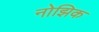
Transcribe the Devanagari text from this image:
नोझिक